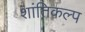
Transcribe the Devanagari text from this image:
शांतिकल्प